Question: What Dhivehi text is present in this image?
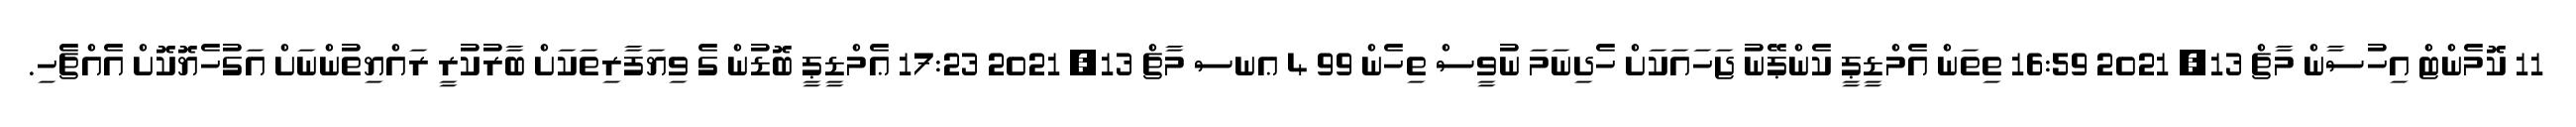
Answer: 11 ކޮމެންޓް އިހުސާން މާޗް 13, 2021 16:59 ތިތަން އެމްޑީޕީ ކެންޕޭނު ޖަހައަކަށް ހެދިނަމަ ނުވީސް ތިހެން 99 4 ޢނސ މާޗް 13, 2021 17:23 ޢެމްޑީޕީ ބޮޑުން ގެ ވިޔަފާރިތަކަށް ބާރުކުރީ ރައްޔިތުންނަށް އަގުހެޔޮކޮށް އެއްޗެހި.